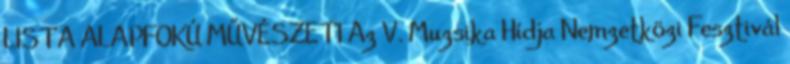
LISTA ALAPFOKÚ MŰVÉSZETI Az V. Muzsika Hídja Nemzetközi Fesztivál